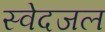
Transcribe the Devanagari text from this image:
स्वेदजल